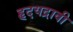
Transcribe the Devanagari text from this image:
हृदयद्रावी